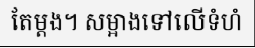
តែម្តង។ សម្អាងទៅលើទំហំ